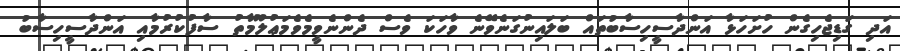
އަދި ގަޑިޖެހިގެން ހުށަހަޅާ އަންދާސީހިސާބުތައް ބަލައިނުގަނެވޭނެ ވާހަކަ ވެސް ދެންނެވީމެވެމަޢުލޫމާތު ސާފުކުރުމާއި އަންދާސީހިސާބު